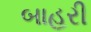
બાહરી